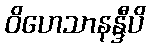
ဝိဟေသာနန္ဒီပိ